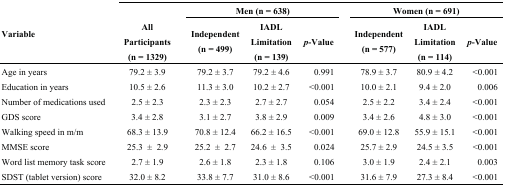
<table><thead><tr><td rowspan="2"><b>Variable</b></td><td rowspan="2"><b>All Participants (n = 1329)</b></td><td colspan="3"><b>Men (n = 638)</b></td><td></td><td colspan="3"><b>Women (n = 691)</b></td></tr><tr><td><b>Independent (n = 499)</b></td><td><b>IADL Limitation (n = 139)</b></td><td><b><i>p</i>-Value</b></td><td></td><td><b>Independent (n = 577)</b></td><td><b>IADL Limitation(n = 114)</b></td><td><b><i>p</i>-Value</b></td></tr></thead><tbody><tr><td>Age in years</td><td>79.2 ± 3.9</td><td>79.2 ± 3.7</td><td>79.2 ± 4.6</td><td>0.991 </td><td></td><td>78.9 ± 3.7</td><td>80.9 ± 4.2</td><td>&lt;0.001</td></tr><tr><td>Education in years</td><td>10.5 ± 2.6</td><td>11.3 ± 3.0</td><td>10.2 ± 2.7</td><td>&lt;0.001</td><td></td><td>10.0 ± 2.1</td><td>9.4 ± 2.0</td><td>0.006 </td></tr><tr><td>Number of medications used</td><td>2.5 ± 2.3</td><td>2.3 ± 2.3</td><td>2.7 ± 2.7</td><td>0.054 </td><td></td><td>2.5 ± 2.2</td><td>3.4 ± 2.4</td><td>&lt;0.001</td></tr><tr><td>GDS score</td><td>3.4 ± 2.8</td><td>3.1 ± 2.7</td><td>3.8 ± 2.9</td><td>0.009 </td><td></td><td>3.4 ± 2.6</td><td>4.8 ± 3.0</td><td>&lt;0.001</td></tr><tr><td>Walking speed in m/m</td><td>68.3 ± 13.9</td><td>70.8 ± 12.4</td><td>66.2 ± 16.5</td><td>&lt;0.001</td><td></td><td>69.0 ± 12.8</td><td>55.9 ± 15.1</td><td>&lt;0.001</td></tr><tr><td>MMSE score</td><td>25.3 ± 2.9</td><td>25.2 ± 2.7</td><td>24.6 ± 3.5</td><td>0.024 </td><td></td><td>25.7 ± 2.9</td><td>24.5 ± 3.5</td><td>&lt;0.001</td></tr><tr><td>Word list memory task score</td><td>2.7 ± 1.9</td><td>2.6 ± 1.8</td><td>2.3 ± 1.8</td><td>0.106 </td><td></td><td>3.0 ± 1.9</td><td>2.4 ± 2.1</td><td>0.003 </td></tr><tr><td>SDST (tablet version) score</td><td>32.0 ± 8.2</td><td>33.8 ± 7.7</td><td>31.0 ± 8.6</td><td>&lt;0.001</td><td></td><td>31.6 ± 7.9</td><td>27.3 ± 8.4</td><td>&lt;0.001</td></tr></tbody></table>